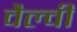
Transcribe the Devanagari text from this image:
वैल्वी